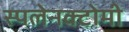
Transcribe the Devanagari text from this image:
स्पलेनक्टोमी